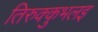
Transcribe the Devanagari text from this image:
तिरुक्कुभलइ